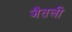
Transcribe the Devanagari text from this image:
जैतली